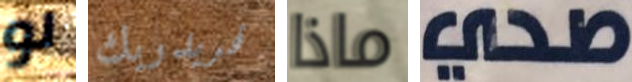
لو فريدريك ماذا صحي